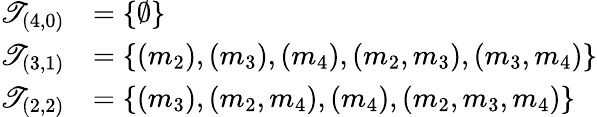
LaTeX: \begin{array}{rl}{\mathscr{T}_{(4,0)}}&{=\{ \emptyset\} }\\ {\mathscr{T}_{(3,1)}}&{=\{ (m_{2}),(m_{3}),(m_{4}),(m_{2},m_{3}),(m_{3},m_{4})\} }\\ {\mathscr{T}_{(2,2)}}&{=\{ (m_{3}),(m_{2},m_{4}),(m_{4}),(m_{2},m_{3},m_{4})\} }\end{array}